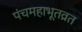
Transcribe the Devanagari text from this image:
पंचमहाभूतव्रत